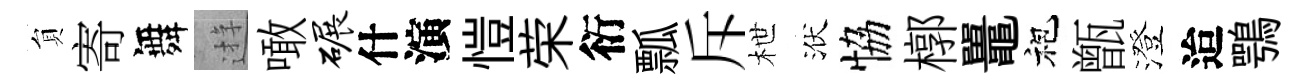
貟寄舞逰噉碾什演愷荣衍瓢斥枻洑恊槨鼉袍甑澄迨鶚